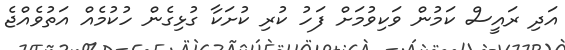
އަދި ރައީސް ކަމުން ވަކިވުމަށް ފަހު ކުރި ކުށަކާ ގުޅިގެން ހުކުމެއް އަތުވެއްޖެ